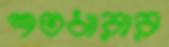
শতধারার